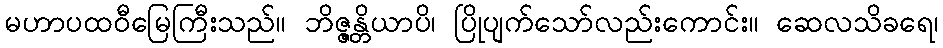
မဟာပထဝီမြေကြီးသည်။ ဘိဇ္ဇန္တိယာပိ၊ ပြိုပျက်သော်လည်းကောင်း။ ဆေလသိခရေ၊